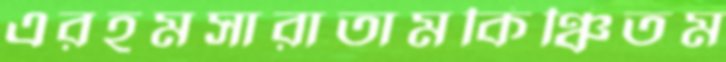
এরহমসারাতামকিঞ্চিতম